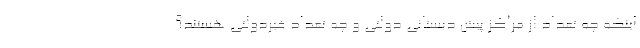
اینکه چه تعداد از مراکز پیش دبستانی دولتی و چه تعداد غیردولتی هستند؟